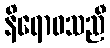
နိရောဓသညီ